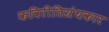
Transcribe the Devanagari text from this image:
कविरीतिग्रंथकार